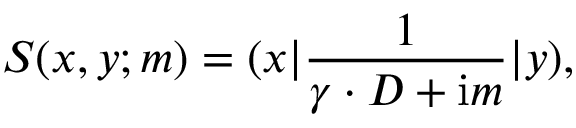
S ( x , y ; m ) = ( x | \frac 1 { \gamma \cdot D + \mathrm { i } m } | y ) ,